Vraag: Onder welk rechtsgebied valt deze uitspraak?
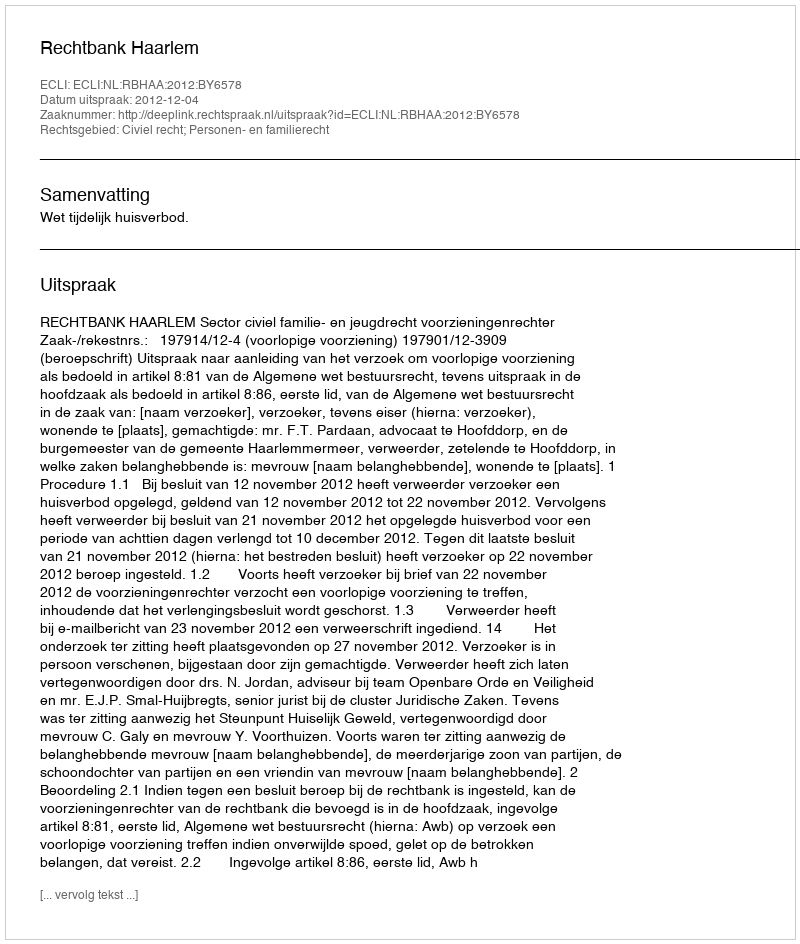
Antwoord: Civiel recht; Personen- en familierecht